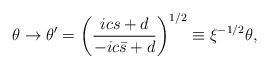
LaTeX: \begin{align*}\theta \rightarrow \theta ' =\left( \frac{ics+d}{-ic\bar{s} +d}\right)^{1/2}\equiv \xi^{-1/2}\theta ,\end{align*}